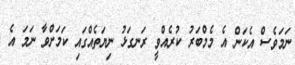
ނަމަވެސް އެކަން އެ މެމްބަރު ކުރެއްވީ ރަނގަޅު ނިޔަތެއްގައި ކަމަށްވާ ނަމަ އެ